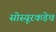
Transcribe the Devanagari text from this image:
सोस्यूरकडेच